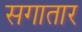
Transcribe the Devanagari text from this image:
सगातार